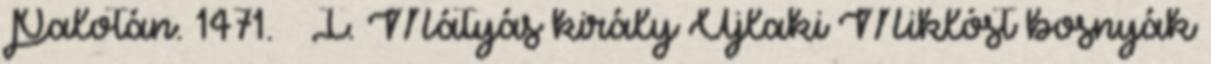
Palotán. 1471. – I. Mátyás király Újlaki Miklóst bosnyák